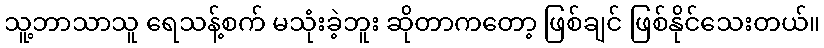
သူ့ဘာသာသူ ရေသန့်စက် မသုံးခဲ့ဘူး ဆိုတာကတော့ ဖြစ်ချင် ဖြစ်နိုင်သေးတယ်။